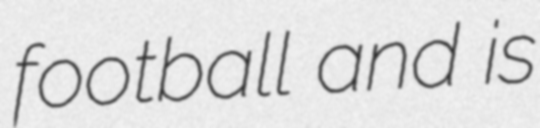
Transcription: football and is